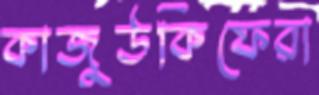
কাজুউকিফেরা